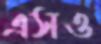
এসও